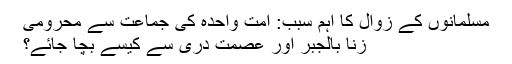
مسلمانوں کے زوال کا اہم سبب: امت واحدہ کی جماعت سے محرومی
زنا بالجبر اور عصمت دری سے کیسے بچا جائے؟